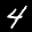
Label: 4